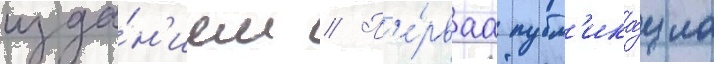
изда́н'ием // П'е́рваа публ'ика́циа